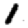
Digit: 1